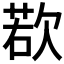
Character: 𪴰